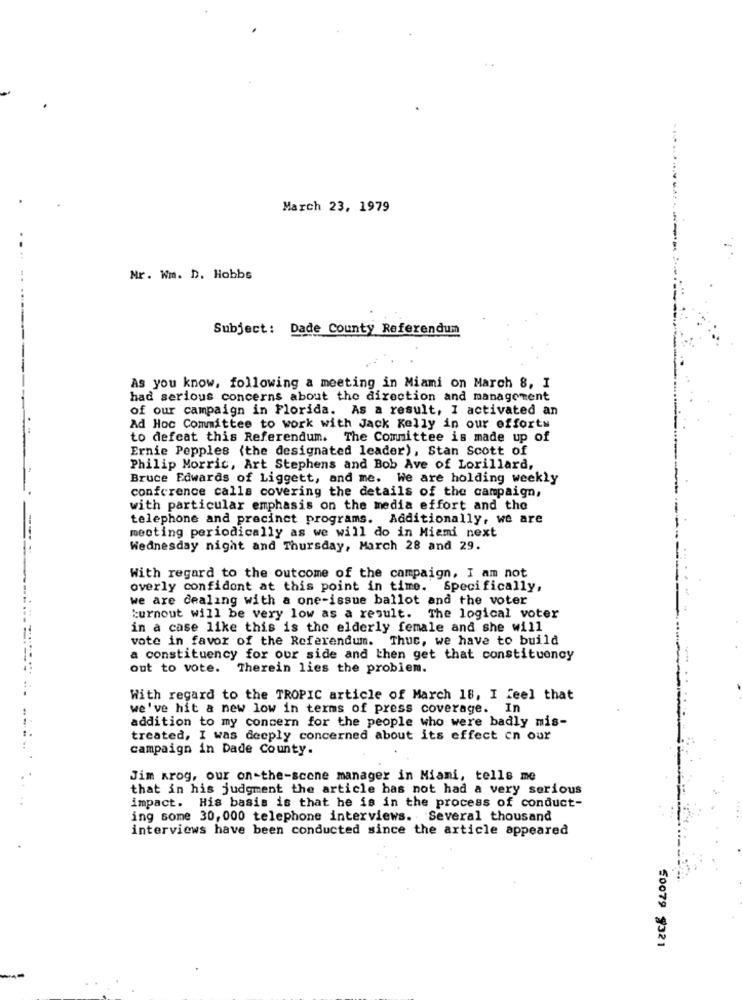
March 23, 1979
Mr. Wm. D. Hobbs
Subject: Dade County Referendum
As you know, following a meeting in Miami on March 8, I
had serious concerns about the direction and management
of our campaign in Florida. As a result, 1 activated an
Ad Hoc Committee to work with Jack Kelly in our efforts
to defeat this Referendum. The Committee is made up of
Ernie Pepples (the designated leader), Stan Scott of
Philip Morris, Art Stephens and Bob Ave of Lorillard,
Bruce Edwards of Liggett, and me. We are holding weekly
conference calls covering the details of the campaign,
with particular emphasis on the media effort and the
telephone and precinct programs. Additionally, we are
meeting periodically as we will do in Miami next
Wednesday night and Thursday, March 28 and 29.
With regard to the outcome of the campaign, I am not
overly confident at this point in time. Specifically,
we are dealing with a one-issue ballot and the voter
burnout will be very low as a result.
The logical voter
in a case like this is the elderly female and she will
vote in favor of the Referendum. Thuc, we have to build
a constituency for our side and then get that constituency
out to vote. Therein lies the problem.
With regard to the TROPIC article of March 18, I feel that
we've hit a new low in terms of press coverage. In
addition to my concern for the people who were badly mis-
treated, I was deeply concerned about its effect en our
campaign in Dade County.
Jim krog, our on-the-scone manager in Miami, tells me
that in his judgment the article has not had a very serious
impact. His basis is that he is in the process of conduct-
ing some 30, 000 telephone interviews. Several thousand
interviews have been conducted since the article appeared
50079 9321